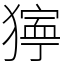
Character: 𤡛